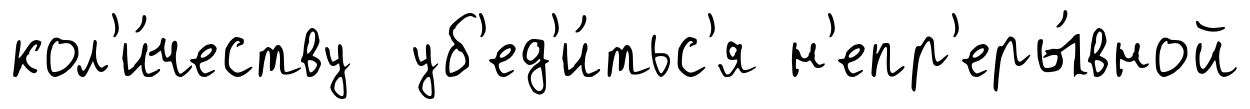
кол'и́честву уб'ед'и́тьс'я н'епр'еры́вной